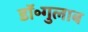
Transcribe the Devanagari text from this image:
डॉ॰गुलाब